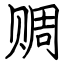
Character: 赒